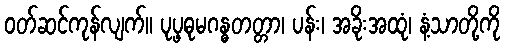
ဝတ်ဆင်ကုန်လျက်။ ပုပ္ဖဓုမဂန္ဓတတ္တာ၊ ပန်း၊ အခိုးအထုံ၊ နံ့သာတို့ကို